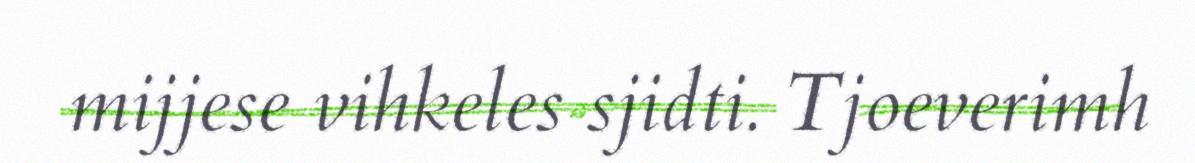
mijjese vihkeles sjidti. Tjoeverimh